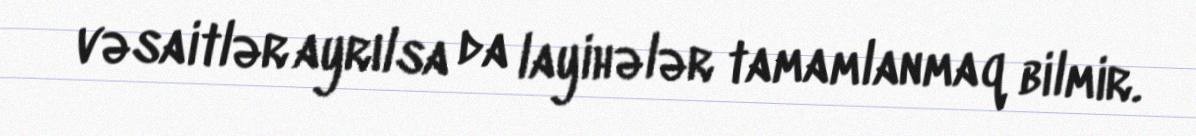
vəsaitlər ayrılsa da layihələr tamamlanmaq bilmir.